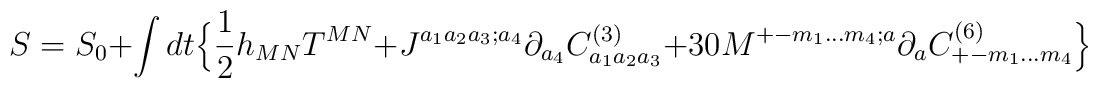
S=S_0+ \int dt \Big\{ {1\over 2}h_{MN}T^{MN}+J^{a_1 a_2 a_3; a_4}\partial_{a_4}C^{(3)}_{a_1 a_2 a_3} +30M^{+- m_1 \ldots m_4;a}\partial_aC^{(6)}_{+- m_1 \ldots m_4} \Big\}